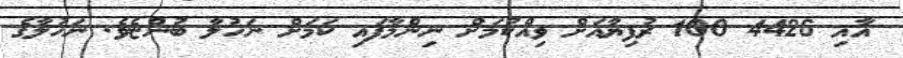
އާއި 4426 100 ރުފިޔާއަށް ވިއްކުމަށް ނިންމާފައި ކަމަށް ނަހުލާ ބުންޏެވެ. ނަހުލާގެ